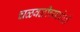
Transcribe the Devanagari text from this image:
चळवळीच्यावेळी